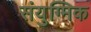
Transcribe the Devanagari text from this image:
संयुग्मिक